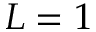
L = 1